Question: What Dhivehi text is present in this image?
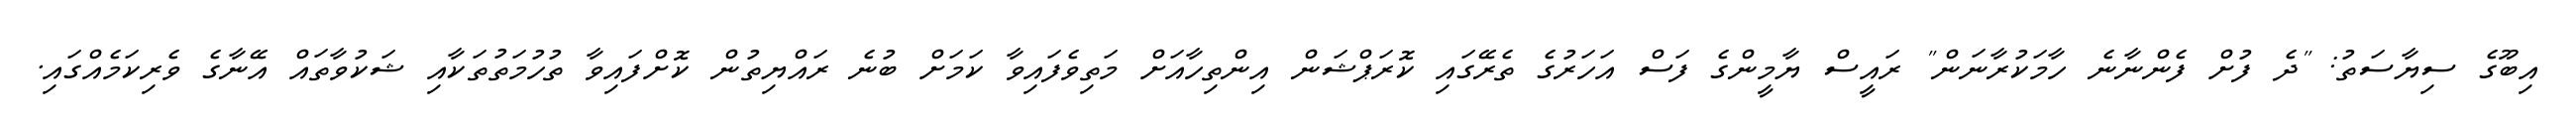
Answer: އިބޫގެ ސިޔާސަތު: "ދެ ފުށް ފެންނާނެ ހާމަކުރާނަން" ރައީސް ޔާމީންގެ ފަސް އަހަރުގެ ތެރޭގައި ކޮރަޕްޝަން އިންތިހާއަށް މަތިވެފައިވާ ކަމަށް ބުނެ ރައްޔިތުން ކޮށްފައިވާ ތުހުމަތުތަކާއި ޝަކުވާތައް އޭނާގެ ވެރިކަމެއްގައި.